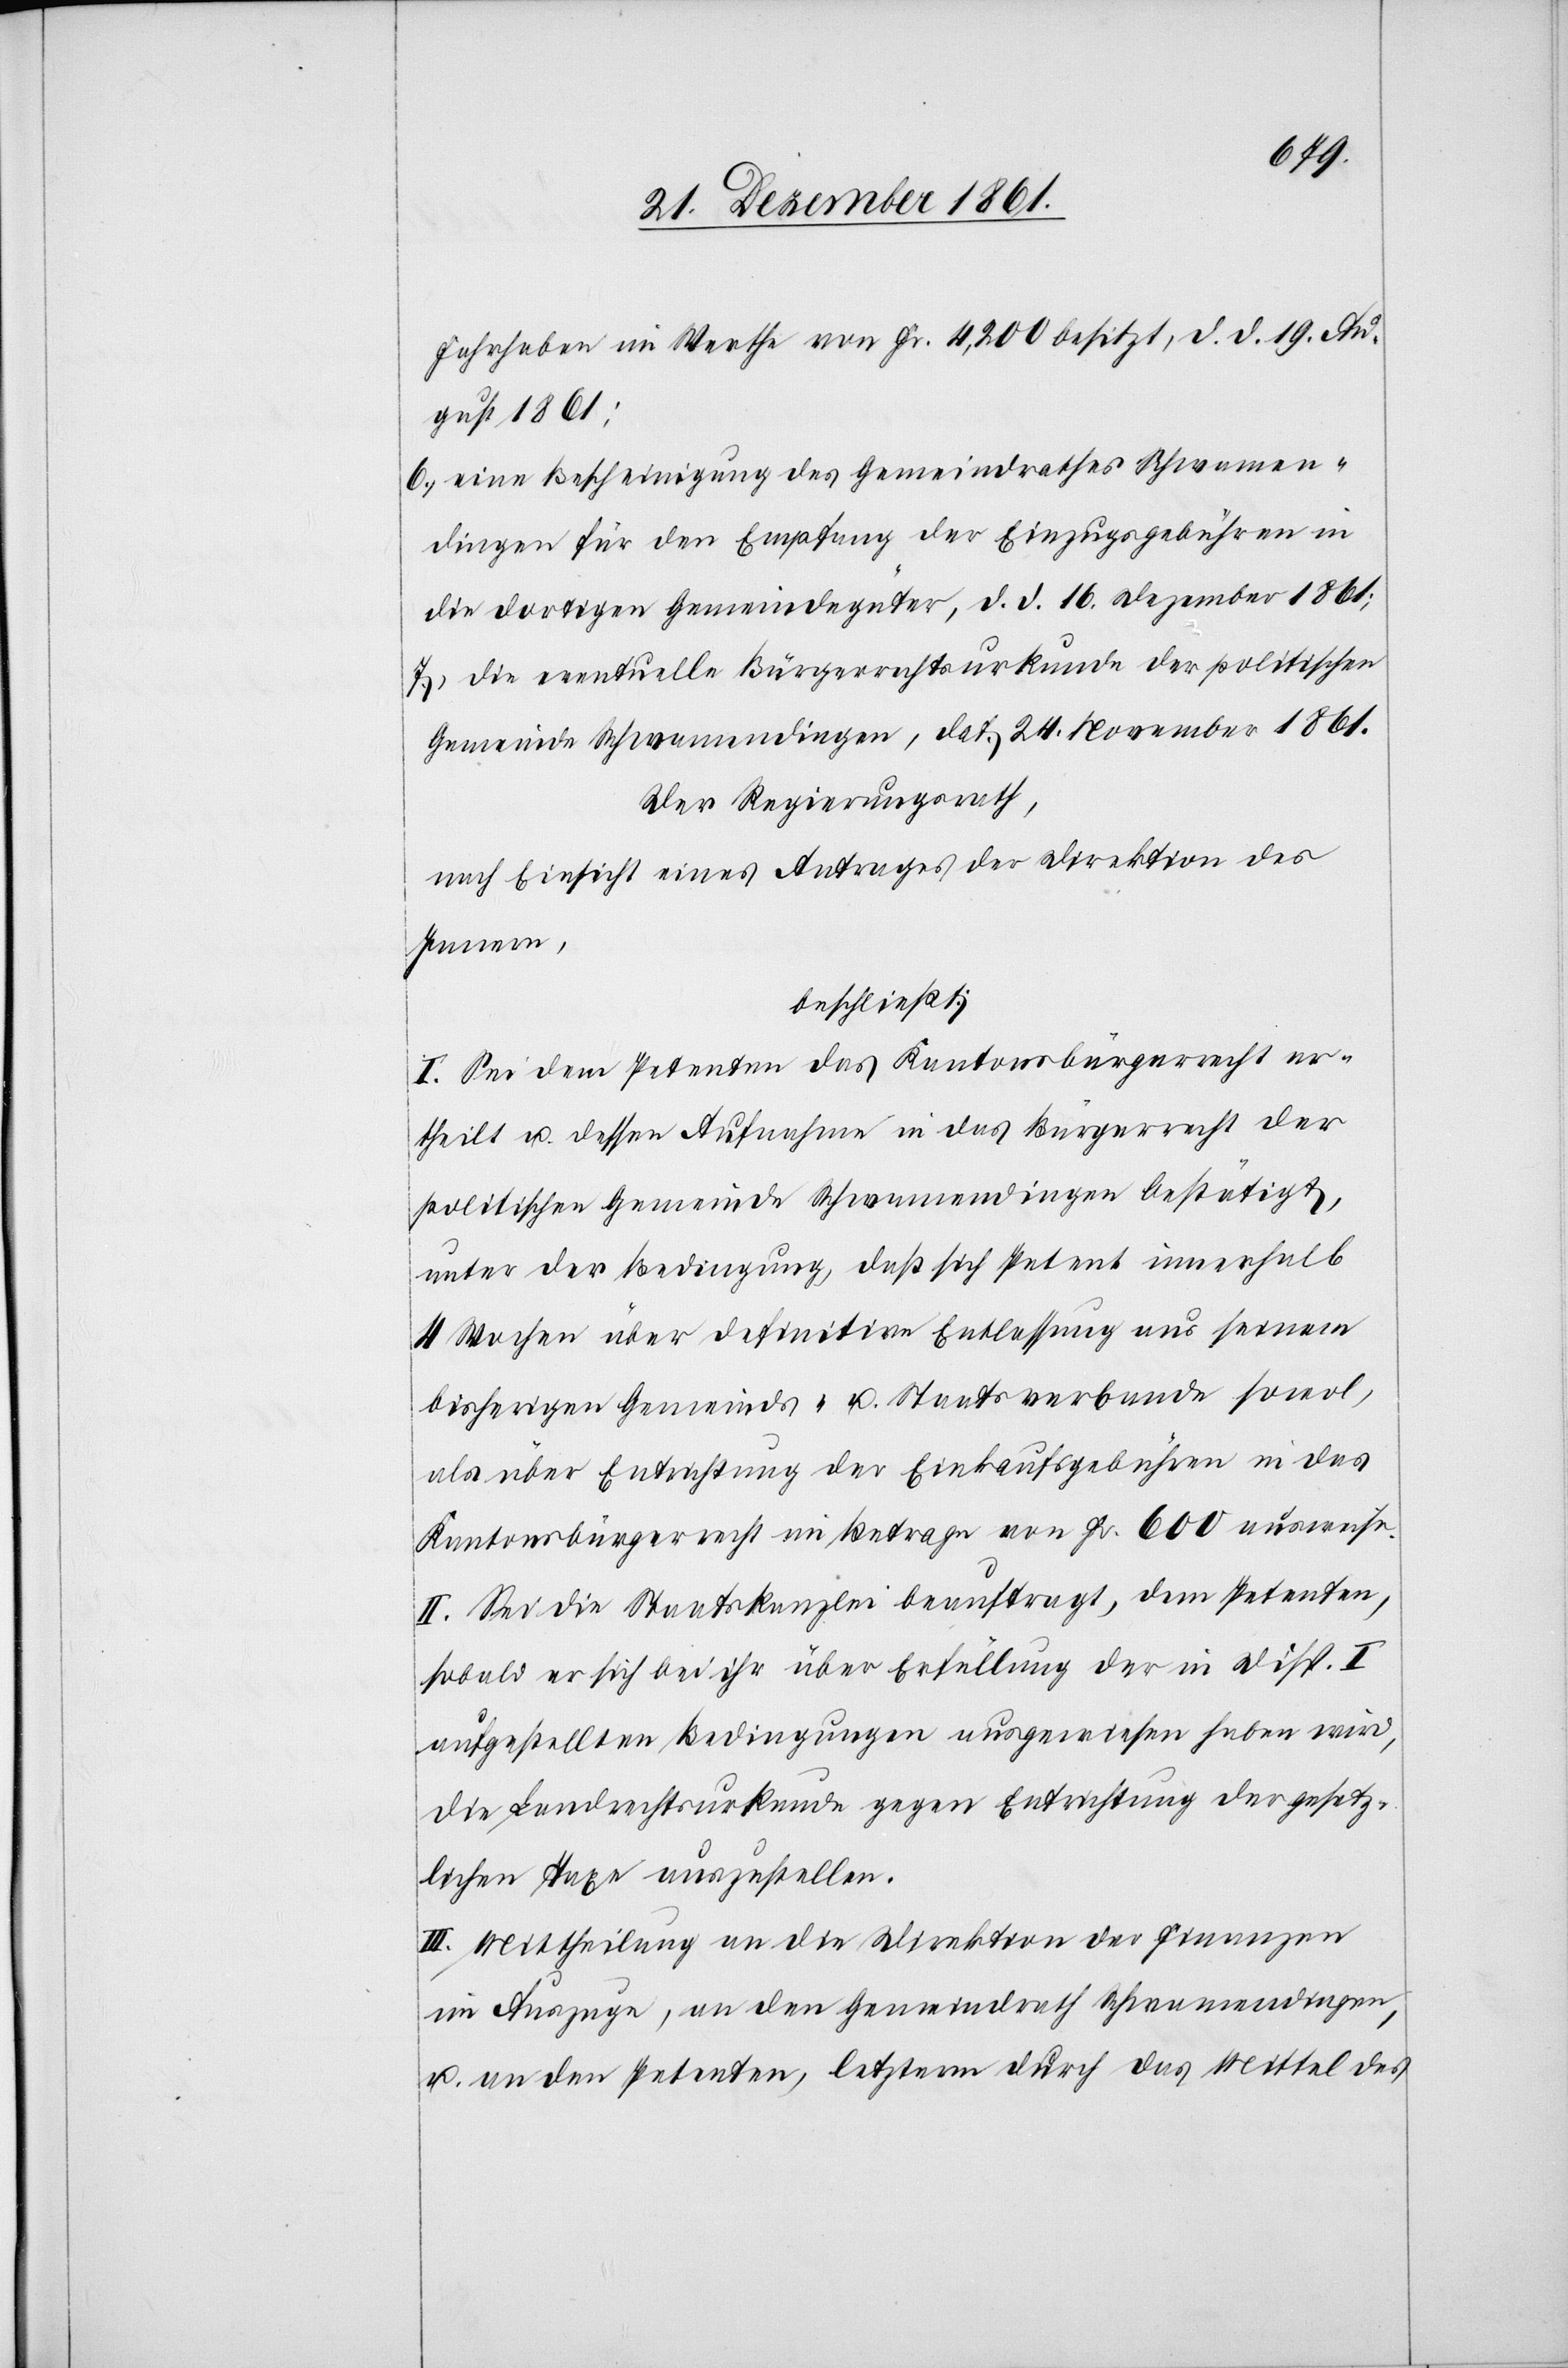
Fahrhaben im Werthe von Fr. 4,200 besitzt, d. d. 19 Au¬
gust 1861;
6.) eine Bescheinigung des Gemeindrathes Schwamen¬
dingen für den Empfang der Einzugsgebühren in
die dortigen Gemeindegüter, d. d. 16 Dezember 1861;
7.) die eventuelle Bürgerrechtsurkunde der politischen
Gemeinde Schwamendingen, dat. 24 November 1861.
Der Regierungsrath,
nach Einsicht eines Antrages der Direktion des
Innern,
beschließt:
I. Sei dem Petenten das Kantonsbürgerrecht er¬
theilt u. dessen Aufnahme in das Bürgerrecht der
politischen Gemeinde Schwamendingen bestätigt,
unter der Bedingung, daß sich Petent innerhalb
4 Wochen über definitive Entlassung aus seinem
bisherigen Gemeinds- u. Staatsverbande sowol,
als über Entrichtung der Einkaufsgebühren in das
Kantonsbürgerrecht im Betrage von Fr. 600 ausweise.
II. Sei die Staatskanzlei beauftragt, dem Petenten,
sobald er sich bei ihr über Erfüllung der in Disp. I
aufgestellten Bedingungen ausgewiesen haben wird,
die Landrechtsurkunde gegen Entrichtung der gesetz¬
lichen Taxe auszustellen.
III. Mittheilung an die Direktion der Finanzen
im Auszuge, an den Gemeindrath Schwamendingen,
u. an den Petenten, letztern durch das Mittel des